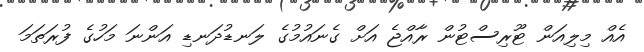
އެއް މިލިއަން ޓޫރިސްޓުން ރާއްޖެ އަށް ގެނައުމުގެ ލަނޑުދަނޑި އަންނަ މަހުގެ ފުރަތަމަ